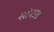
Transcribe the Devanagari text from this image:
सांपडत